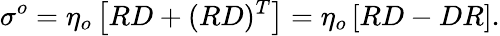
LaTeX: \sigma^{o}={\eta_{o}}\left[RD+(RD)^{T}\right]={\eta_{o}}\left[RD-DR\right].